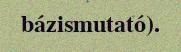
bázismutató).